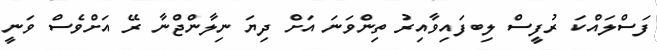
ފަސްލައްކަ ރުފީސް ލިބފައިވާއިރު ތިންވަނަ އަށް ދިޔަ ނިލާންޖްނާ ރޭ އަށްވެސް ވަނީ